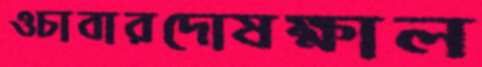
ওচাবারদোষক্ষাল